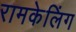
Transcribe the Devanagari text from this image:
रामकेलिंग